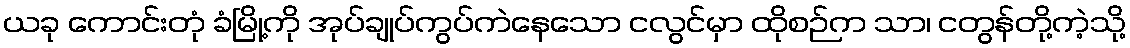
ယခု ကောင်းတုံ ခံမြို့ကို အုပ်ချုပ်ကွပ်ကဲနေသော ငလွင်မှာ ထိုစဉ်က သာ၊ ငတွန်တို့ကဲ့သို့